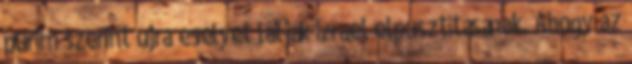
purim szerint újra esélyét látják Izrael elpusztításának. Ahogy az